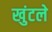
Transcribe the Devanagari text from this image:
खुंटले